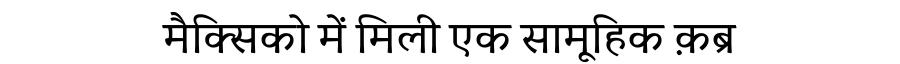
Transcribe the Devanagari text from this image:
मैक्सिको में मिली एक सामूहिक क़ब्र